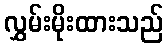
လွှမ်းမိုးထားသည်